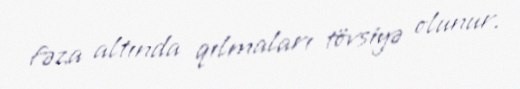
fəza altında qılmaları tövsiyə olunur.